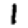
Digit: 1